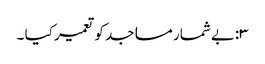
۳:بے شمار مساجد کو تعمیر کیا ۔